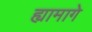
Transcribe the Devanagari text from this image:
ह्यामागे